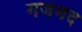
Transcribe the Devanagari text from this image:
गजमद